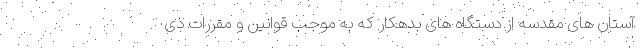
آستان های مقدسه از دستگاه های بدهکار که به موجب قوانین و مقررات ذی